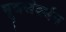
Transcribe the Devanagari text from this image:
मूत्रसंवर्धन